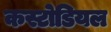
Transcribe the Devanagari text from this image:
कस्टोडियल